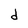
Character: d